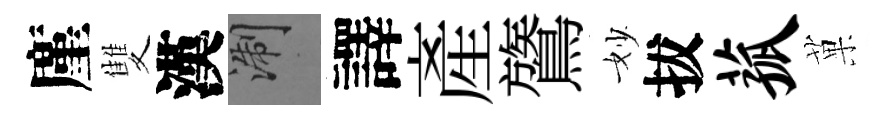
廑雙漢浙譯產鷟妙拔菰菓